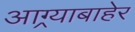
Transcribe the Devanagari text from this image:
आग्र्याबाहेर